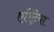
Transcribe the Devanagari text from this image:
एरिट्रेया